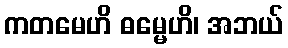
ကတမေဟိ ဓမ္မေဟိ၊ အဘယ်